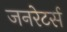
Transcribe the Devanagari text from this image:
जनरेटर्स